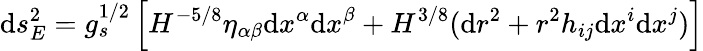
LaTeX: \mathrm{d}s_{E}^{2}=g_{s}^{1/2}\left[H^{-5/8}\eta_{\alpha\beta}\mathrm{d}x^{\alpha}\mathrm{d}x^{\beta}+H^{3/8}(\mathrm{d}r^{2}+r^{2}h_{ij}\mathrm{d}x^{i}\mathrm{d}x^{j})\right]